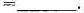
= ___$$。